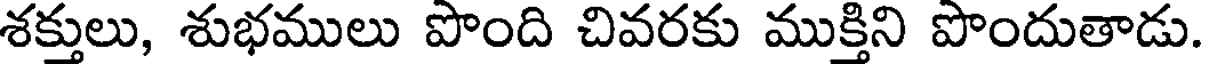
శక్తులు, శుభములు పొంది చివరకు ముక్తిని పొందుతాడు